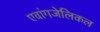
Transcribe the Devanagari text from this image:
एवांगजेलिकल